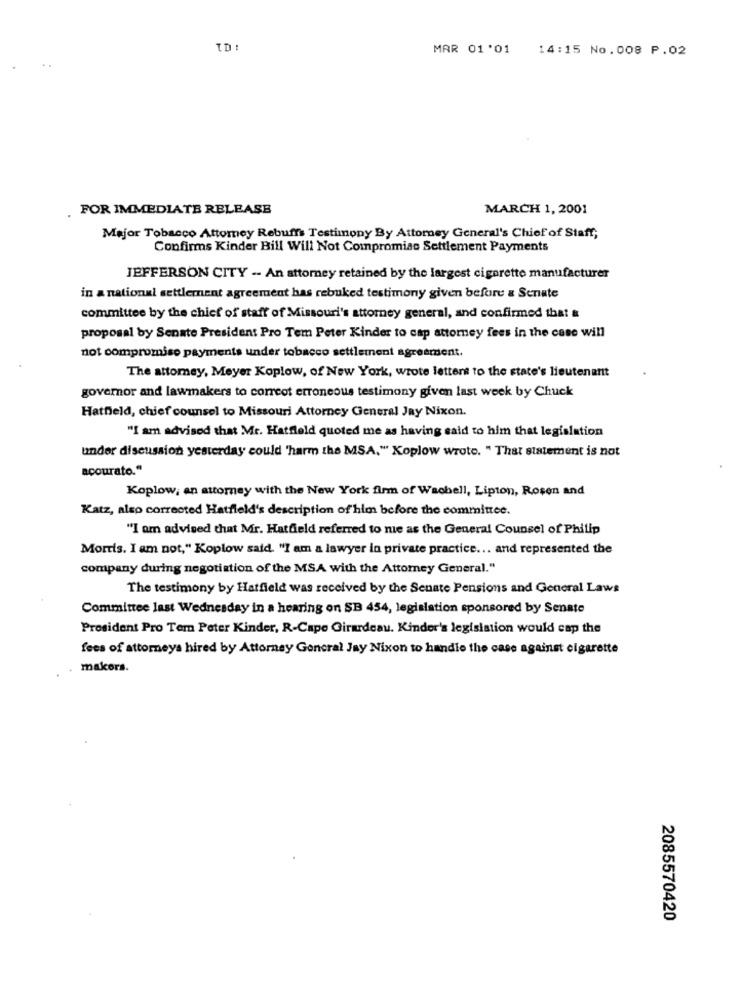
ID :
MAR 01'01 14:15 No.008 P.02
FOR IMMEDIATE RELEASE
MARCH 1, 2001
Mejor Tobacco Attomey Rebuffs Testimony By Attorney General's Chief of Staff;
Confirms Kinder Bill Will Not Compromise Settlement Payments
JEFFERSON CITY -- An attorney retained by the largest cigarette manufacturer
in a national settlement agreement has rebuked testimony given before & Senate
committee by the chief of staff of Missouri's attorney general, and confirmed that &
proposal by Senate President Pro Tem Peter Kinder to cap attorney fees in the case will
not compromise payments under tobacco settlement agreement.
The attorney, Meyer Koplow, of New York, wrote letters to the state's lieutenant
governor and lawmakers to correot erroneous testimony given last week by Chuck
Hatfield, chief counsel to Missouri Attorney General Jay Nixon.
"I am advised that Mr. Hatfield quoted me as having said to him that legislation
under discussion yesterday could 'harm the MSA." Koplow wrote. " That statement is not
acourato."
Koplow, an attorney with the New York firm of Wachell, Lipton, Rosen and
Katz, also corrected Hatfield's description of him before the committee.
"I am advised that Mir. Hatfield referred to nie as the General Counsel of Philip
Morris. I am not," Koplow said. "I am a lawyer in private practice ... and represented the
company during negotiation of the MSA with the Attorney General."
The testimony by Hatfield was received by the Senate Pensions and General Laws
Committee last Wednesday in a hearing on SB 454, legislation sponsored by Senate
Prosident Pro Tem Peter Kinder, R-Cape Girardeau. Kinder's legislation would cap the
fees of attorneys hired by Attorney General Jay Nixon to handle the case against cigarette
makers.
2085570420